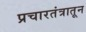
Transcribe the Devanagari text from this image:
प्रचारतंत्रातून